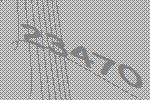
23470